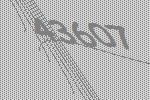
43607